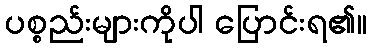
ပစ္စည်းများကိုပါ ပြောင်းရ၏။